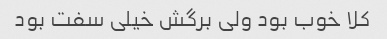
کلا خوب بود ولی برگش خیلی سفت بود